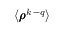
\langle \pmb { \rho } ^ { k \, - q } \rangle